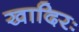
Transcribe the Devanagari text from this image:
खादिरः